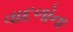
વાદળોના